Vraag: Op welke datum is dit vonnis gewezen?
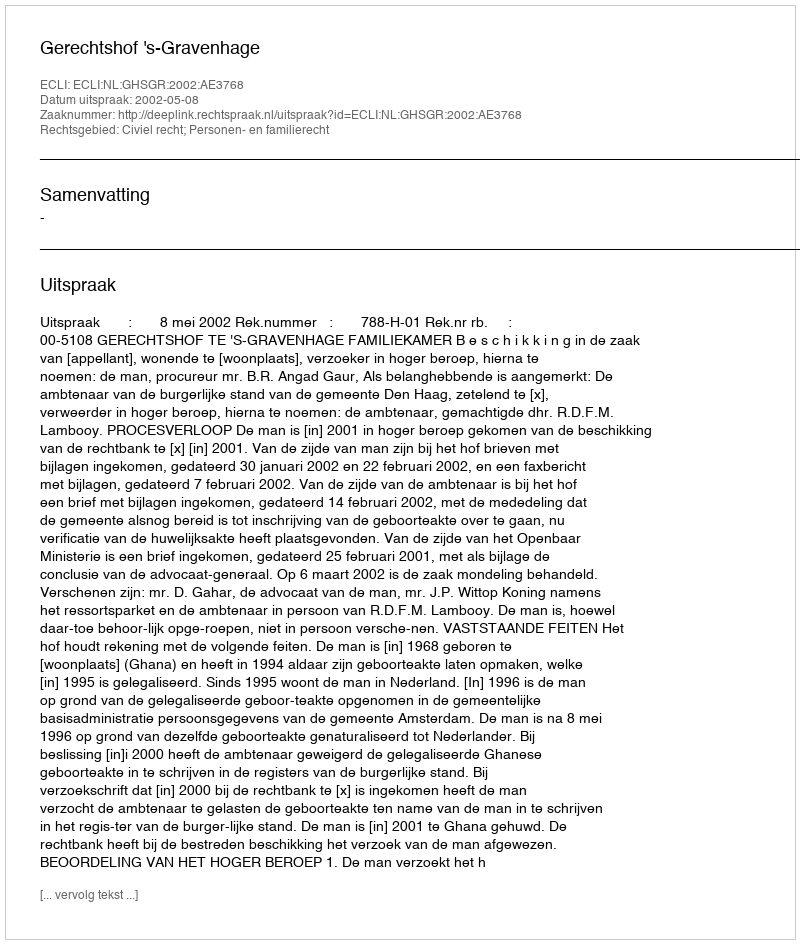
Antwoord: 2002-05-08